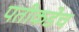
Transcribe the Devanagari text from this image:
पतीकडेच